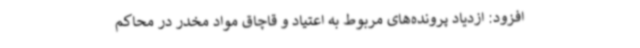
افزود: ازدیاد پرونده‌های مربوط به اعتیاد و قاچاق مواد مخدر در محاکم